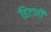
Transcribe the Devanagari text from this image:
हिटणी